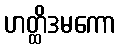
ဟတ္ထိဒမကော